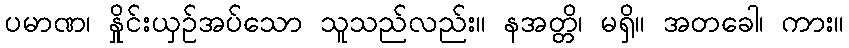
ပမာဏ၊ နှိုင်းယှဉ်အပ်သော သူသည်လည်း။ နအတ္တိ၊ မရှိ။ အတခေါ၊ ကား။